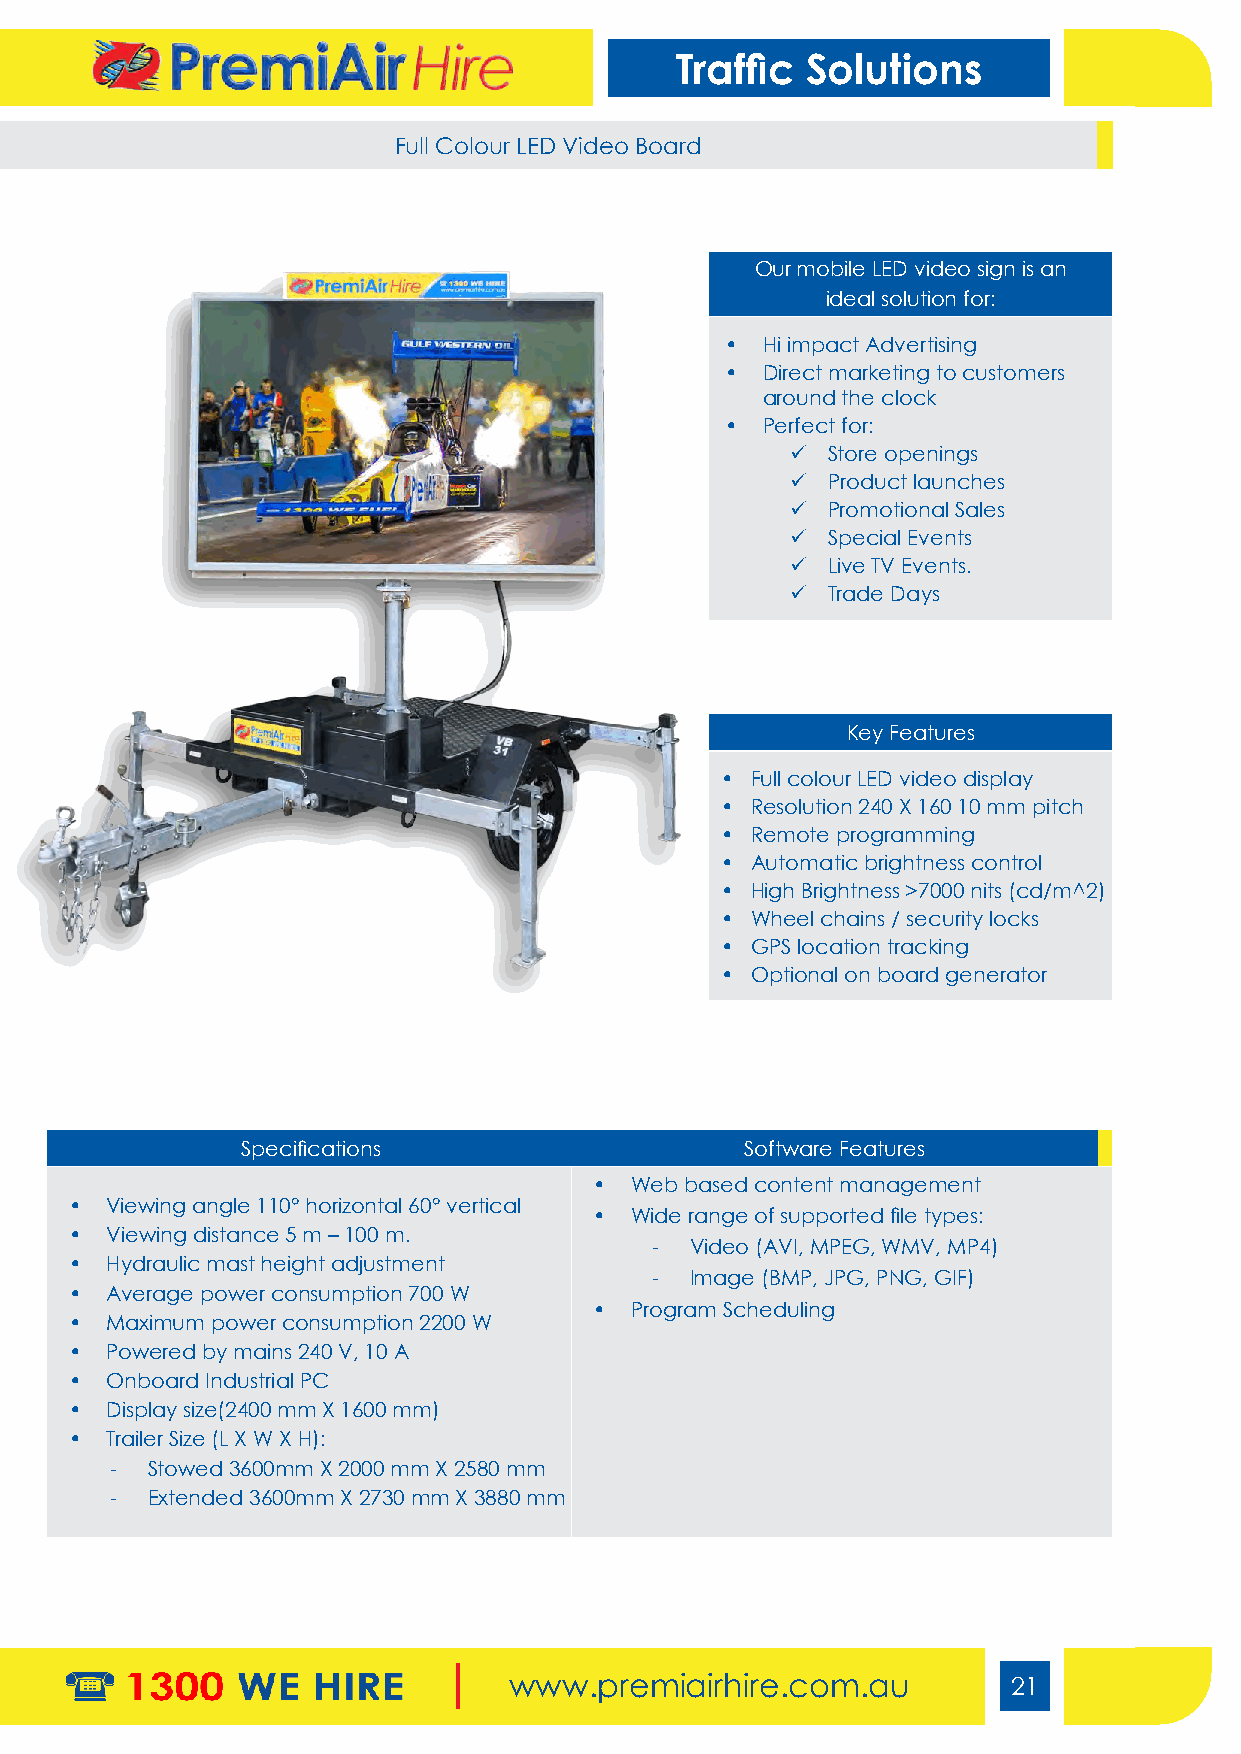
Traffic Solutions
 Full Colour LED Video Board
 Our mobile LED video sign is an
 ideal solution for:
 • Hi impact Advertising
 • Direct marketing to customers
 around the clock
 • Perfect for:
 9  Store openings
 9  Product launches
 9  Promotional Sales
 9  Special Events
 9  Live TV Events.
 9  Trade Days
 Key Features
 • Full colour LED video display
 • Resolution 240 X 160 10 mm pitch
 • Remote programming
 • Automatic brightness control
 • High Brightness >7000 nits (cd/m^2)
 • Wheel chains / security locks
 • GPS location tracking
 • Optional on board generator
 Specifications                   Software Features
 •  Web based content management
 • Viewing angle 110° horizontal 60° vertical
 •  Wide range of supported file types:
 • Viewing distance 5 m – 100 m.
 -  Video (AVI, MPEG, WMV, MP4)
 • Hydraulic mast height adjustment
 -  Image (BMP, JPG, PNG, GIF)
 • Average power consumption 700 W
 •  Program Scheduling
 • Maximum power consumption 2200 W
 • Powered by mains 240 V, 10 A
 • Onboard Industrial PC
 • Display size(2400 mm X 1600 mm)
 • Trailer Size (L X W X H):
 -  Stowed 3600mm X 2000 mm X 2580 mm
 -  Extended 3600mm X 2730 mm X 3880 mm
 www.premiairhire.com.au          21